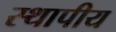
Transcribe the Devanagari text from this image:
स्थापीय